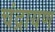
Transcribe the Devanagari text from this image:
चंद्रायण